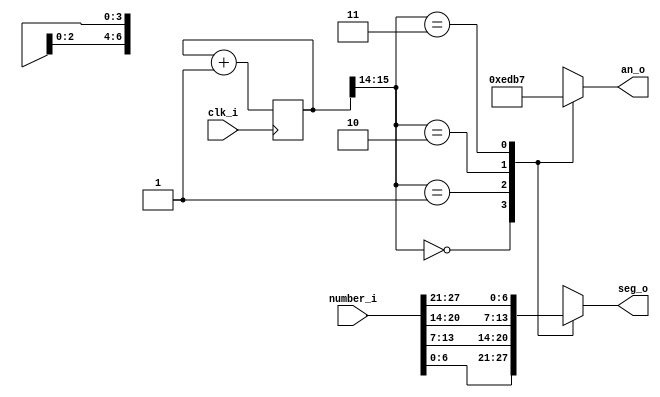
module disp7(
	input clk_i, 
	input [27:0] number_i, //4x 7-seg data cluster
	output reg [6:0] seg_o, 
	output reg [3:0] an_o
    );

reg [15:0] div = 16'b0; //frequency divider 
always @(posedge clk_i)
	div <= div+1'b1; 

always @(div[15:14], number_i) begin 	//Sweeps values to be displayed 
									//for each digit. 
	case(div[15:14]) 
		2'h0: begin 
			an_o 	<= 4'b1110; 
			seg_o 	<= number_i[6:0];
		end 
		2'h1: begin 
			an_o 	<= 4'b1101; 
			seg_o 	<= number_i[13:7];
		end 
		2'h2: begin 
			an_o 	<= 4'b1011; 
			seg_o 	<= number_i[20:14];
		end 
		2'h3: begin 
			an_o 	<= 4'b0111; 
			seg_o 	<= number_i[27:21];
		end  
		default: begin 
			an_o 	<= 4'b1111; 
			seg_o 	<= 7'b1111111;
		end 
	endcase 
end 

endmodule